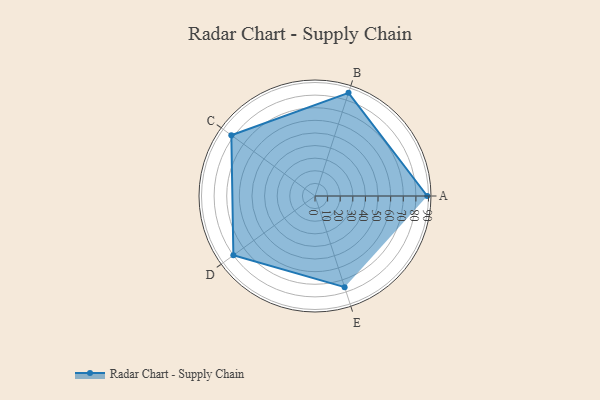
{"axis": {"x": "Skill", "y": "Score"}, "legend": ["Profile"], "data": [{"x": "A", "y": 89.0, "type": "Profile"}, {"x": "B", "y": 86.0, "type": "Profile"}, {"x": "C", "y": 82.0, "type": "Profile"}, {"x": "D", "y": 80.0, "type": "Profile"}, {"x": "E", "y": 76.0, "type": "Profile"}]}